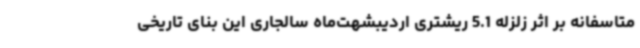
متاسفانه بر اثر زلزله 5.1 ریشتری اردیبشهت‌ماه سالجاری این بنای تاریخی